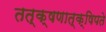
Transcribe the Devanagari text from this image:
तत्क्षणात्क्षिपते